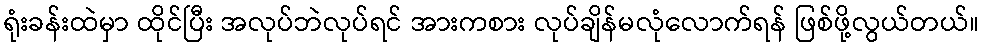
ရုံးခန်းထဲမှာ ထိုင်ပြီး အလုပ်ဘဲလုပ်ရင် အားကစား လုပ်ချိန်မလုံလောက်ရန် ဖြစ်ဖို့လွယ်တယ်။